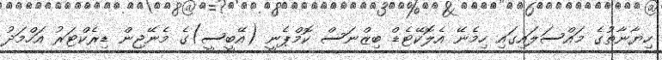
ހިޔާނާތުގެ މައްސަލައިގައި ހިމެނޭ އެލޮކޭޓެޑް ބިޒްނަސް ކޮމްޕެނީ (އޭބީސީ)ގެ މެނޭޖިން ޑިރެކްޓަރު އަހްމަދު